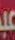
عبد